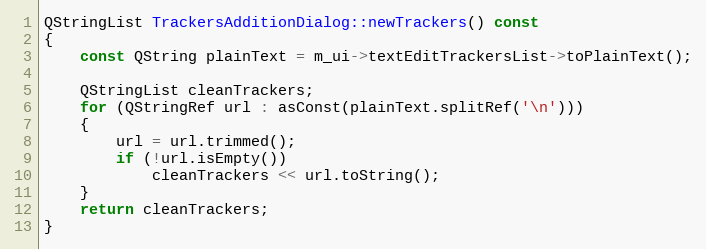
Language: C++
QStringList TrackersAdditionDialog::newTrackers() const
{
    const QString plainText = m_ui->textEditTrackersList->toPlainText();

    QStringList cleanTrackers;
    for (QStringRef url : asConst(plainText.splitRef('\n')))
    {
        url = url.trimmed();
        if (!url.isEmpty())
            cleanTrackers << url.toString();
    }
    return cleanTrackers;
}